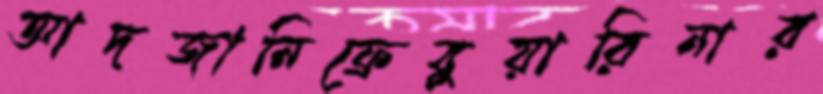
আদজানিফ্রেবুয়ারিনার